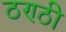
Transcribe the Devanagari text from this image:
ठण्ठी